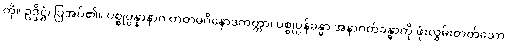
ကို။ ဥဒ္ဒိဋ္ဌံ၊ ပြအပ်၏။ ပစ္စုပ္ပန္နာနာဂ တတမဝိနောဒကတ္တာ၊ ပစ္စုပ္ပန်ခန္ဓာ အနာဂတ်ခန္ဓာကို ဖုံးလွှမ်းတတ်သော